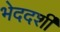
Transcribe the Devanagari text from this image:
भेददर्शी